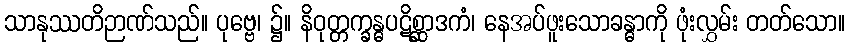
သာနုဿတိဉာဏ်သည်။ ပုဗ္ဗေ၊ ၌။ နိဝုတ္တက္ခန္ဓပဋိစ္ဆာဒကံ၊ နေအပ်ဖူးသောခန္ဓာကို ဖုံးလွှမ်း တတ်သော။